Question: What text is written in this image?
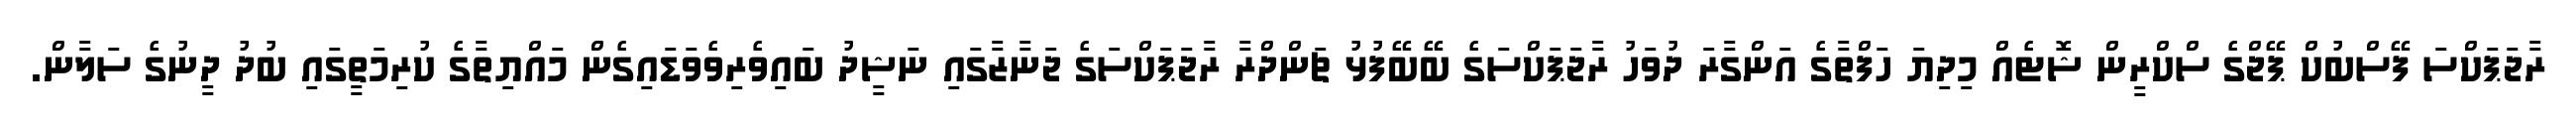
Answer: ރާޖަޕަކްސަ ފޭސްބުކް ޕޭޖްގެ ސްކްރީން ޝޮޓެއް މިދިޔަ ހަފްތާގެ އަންގާރަ ދުވަހު ރާޖަޕަކްސަގެ ބޭބޭފުޅު ޗަންދްރާ ރާޖަޕަކްސަގެ ޖަނާޒާގައި ނަޝީދު ބައިވެރިވެވަޑައިގެން މައްޔިތާގެ ކުރިމަތީގައި ބުދު ދީނުގެ ސަލާން.